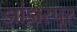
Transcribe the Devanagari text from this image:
झांझरपूर